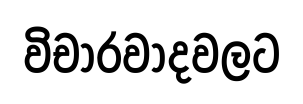
විචාරවාදවලට